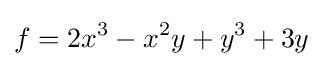
f=2x^{3}-x^{2}y+y^{3}+3y